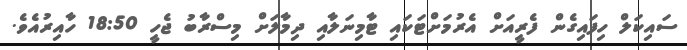
ސައިކަލް ހިފައިގެން ފެރީއަށް އެރުމަށްޓަކައި ޓާމިނަލާއި ދިމާލަށް މިސްރާބު ޖެހީ 18:50 ހާއިރުއެވެ.